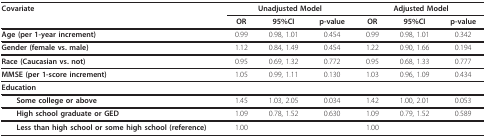
<table><thead><tr><td><b>Covariate</b></td><td colspan="3"><b>Unadjusted Model</b></td><td colspan="3"><b>Adjusted Model</b></td></tr><tr><td></td><td><b>OR</b></td><td><b>95%CI</b></td><td><b>p-value</b></td><td><b>OR</b></td><td><b>95%CI</b></td><td><b>p-value</b></td></tr></thead><tbody><tr><td><b>Age (per 1-year increment)</b></td><td>0.99</td><td>0.98, 1.01</td><td>0.454</td><td>0.99</td><td>0.98, 1.01</td><td>0.342</td></tr><tr><td><b>Gender (female vs. male)</b></td><td>1.12</td><td>0.84, 1.49</td><td>0.454</td><td>1.22</td><td>0.90, 1.66</td><td>0.194</td></tr><tr><td><b>Race (Caucasian vs. not)</b></td><td>0.95</td><td>0.69, 1.32</td><td>0.772</td><td>0.95</td><td>0.68, 1.33</td><td>0.777</td></tr><tr><td><b>MMSE (per 1-score increment)</b></td><td>1.05</td><td>0.99, 1.11</td><td>0.130</td><td>1.03</td><td>0.96, 1.09</td><td>0.434</td></tr><tr><td><b>Education</b></td><td></td><td></td><td></td><td></td><td></td><td></td></tr><tr><td> <b>Some college or above</b></td><td>1.45</td><td>1.03, 2.05</td><td>0.034</td><td>1.42</td><td>1.00, 2.01</td><td>0.053</td></tr><tr><td> <b>High school graduate or GED</b></td><td>1.09</td><td>0.78, 1.52</td><td>0.630</td><td>1.09</td><td>0.79, 1.52</td><td>0.589</td></tr><tr><td> <b>Less than high school or some high school (reference)</b></td><td>1.00</td><td></td><td></td><td>1.00</td><td></td><td></td></tr></tbody></table>